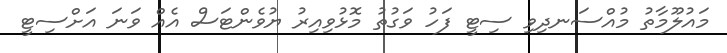
މައުލޫމާތު މުއްސަނދިވި ސިޓީ ފަހު ވަގުތު މޮޅުވިއިރު ޔުވެންޓަސް އެއް ވަނަ އަށްސިޓީ